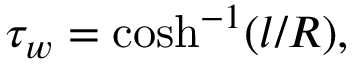
\tau _ { w } = \cosh ^ { - 1 } ( l / R ) ,